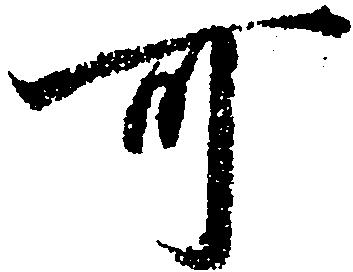
可